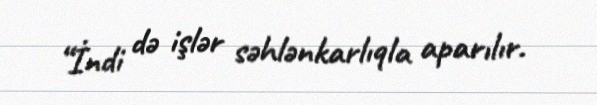
“İndi də işlər səhlənkarlıqla aparılır.